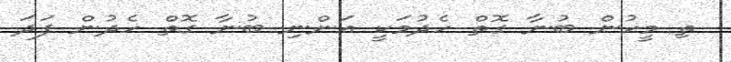
ތި މީހުން ބުނާ ގޮތް ހެދުމަކީ އަންނި ބުނާ ގޮތް ހެދުން ފަދަ